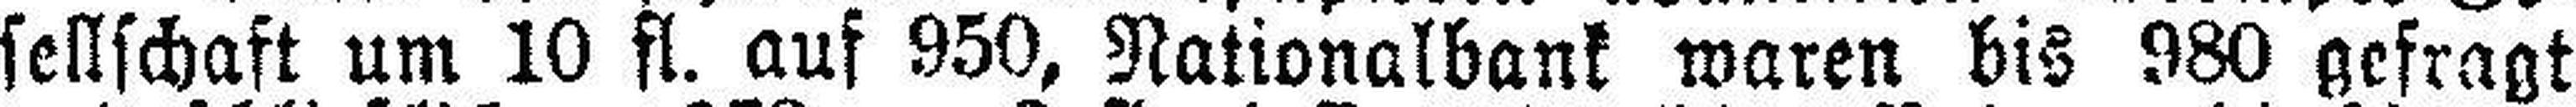
sellschaft um 10 fl. auf 950, Nationalbank waren bis 980 gefragt